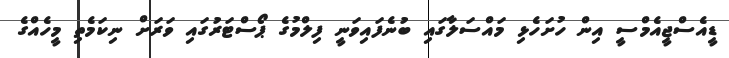
ޑީއެސްޖީއެމްސީ އިން ހުށަހެޅި މައްސަލާގައި ބުނެފައިވަނީ ފިލްމުގެ ޕޯސްޓަރުގައި ވަރަށް ނިކަމެތި މީހެއްގެ